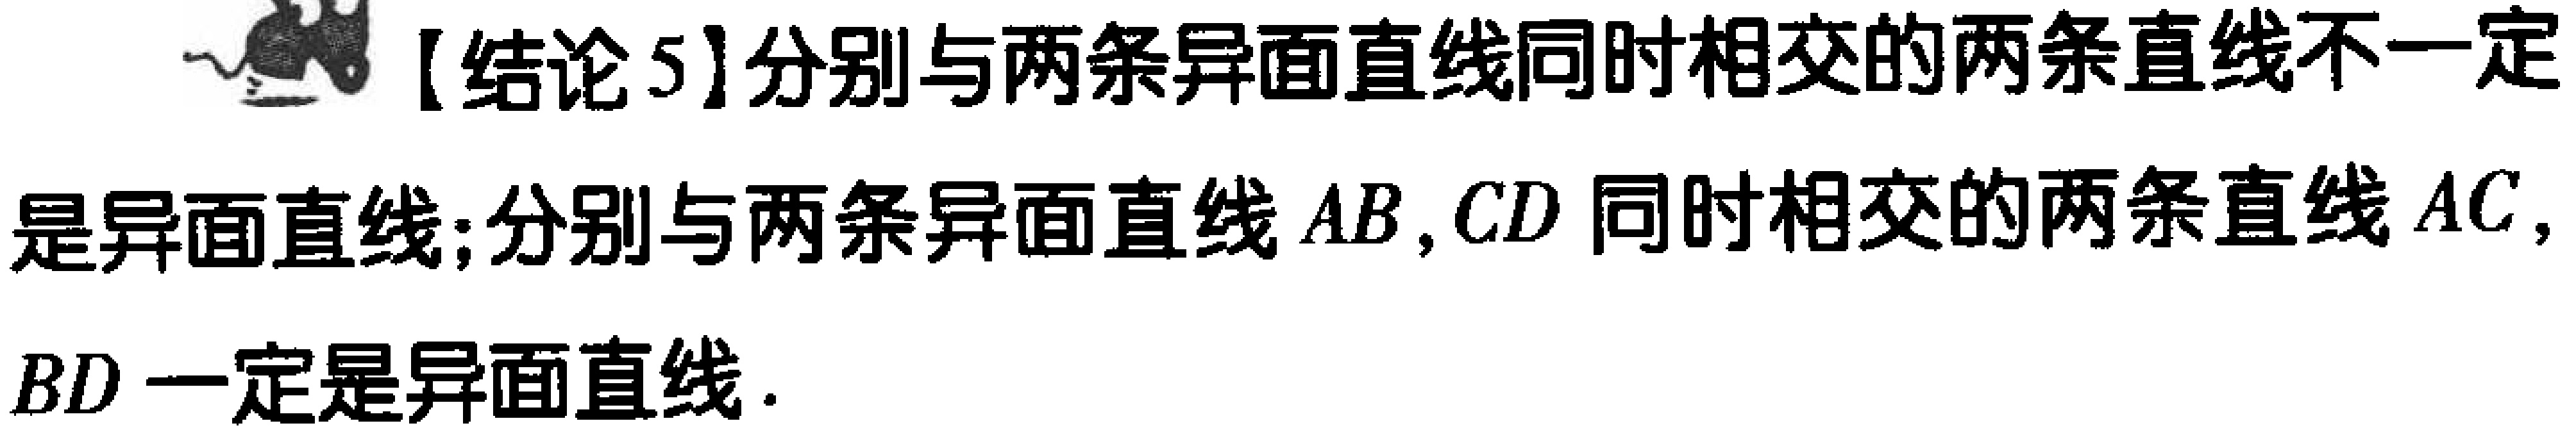
【结论5】分别与两条异面直线同时相交的两条直线不一定是异面直线;分别与两条异面直线 \(AB,CD\) 同时相交的两条直线 \(AC,\) \(BD\) 一定是异面直线.